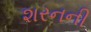
શરનની